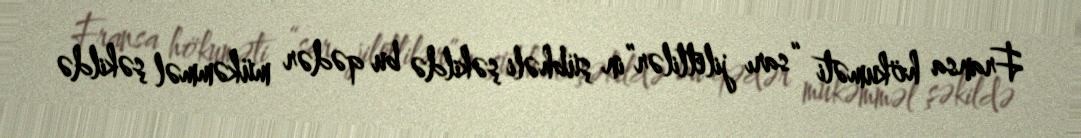
Fransa hökuməti “sarı jiletlilər”in şübhəli şəkildə bu qədər mükəmməl şəkildə